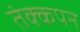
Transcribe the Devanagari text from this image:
तंक्कपन